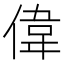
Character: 偉